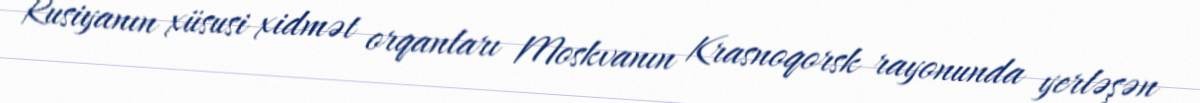
Rusiyanın xüsusi xidmət orqanları Moskvanın Krasnoqorsk rayonunda yerləşən